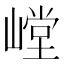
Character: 𰎳